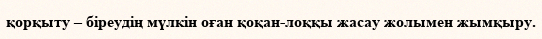
қорқыту – біреудің мүлкін оған қоқан-лоққы жасау жолымен жымқыру.